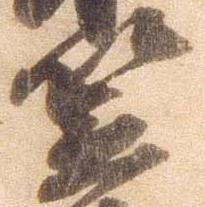
笠